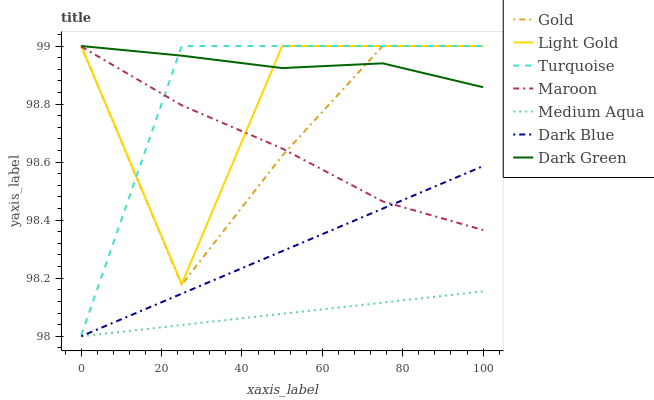
| xaxis_label | Gold | Light Gold | Turquoise | Maroon | Medium Aqua | Dark Blue | Dark Green |
 | --- | --- | --- | --- | --- | --- | --- | --- |
 | 0 | 99 | 99 | 98 | 99 | 98 | 98 | 99 |
 | 25 | 98.2 | 98.2 | 99 | 98.8 | 98 | 98.1 | 99 |
 | 50 | 98.6 | 99 | 99 | 98.6 | 98.1 | 98.3 | 98.9 |
 | 75 | 99 | 99 | 99 | 98.5 | 98.1 | 98.4 | 98.9 |
 | 100 | 99 | 99 | 99 | 98.4 | 98.2 | 98.6 | 98.9 |